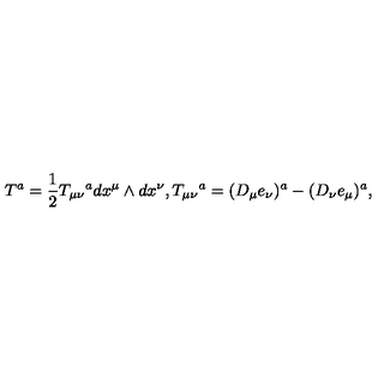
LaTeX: T ^ { a } = \frac { 1 } { 2 } T _ { \mu \nu } { } ^ { a } d x ^ { \mu } \wedge d x ^ { \nu } , T _ { \mu \nu } { } ^ { a } = ( D _ { \mu } e _ { \nu } ) ^ { a } - ( D _ { \nu } e _ { \mu } ) ^ { a } ,